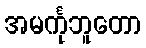
အမင်္ကုဘူတော